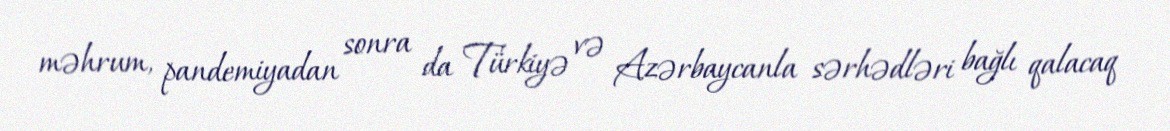
məhrum, pandemiyadan sonra da Türkiyə və Azərbaycanla sərhədləri bağlı qalacaq